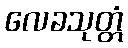
လေခသုတ္တံ